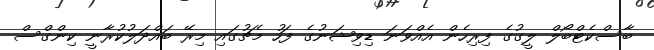
ބާސްކެޓްބޯލް ލީގުގެ ފިރިހެން އެއްވަނަ ޑިވިޝަނުގެ ފަހު މެޗުގައި މިރޭ ބައްދަލުކުރާނީ ކިންގްސް